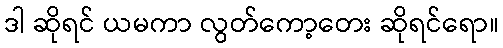
ဒါ ဆိုရင် ယမကာ လွတ်ကော့တေး ဆိုရင်ရော။